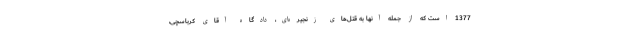
1377 است که از جمله آنها به قتل‌های زنجیره‌ای، دادگاه آقای کرباسچی،